Vaccination in Bombay 1874-1876 - 1874-1876
Year: 1874
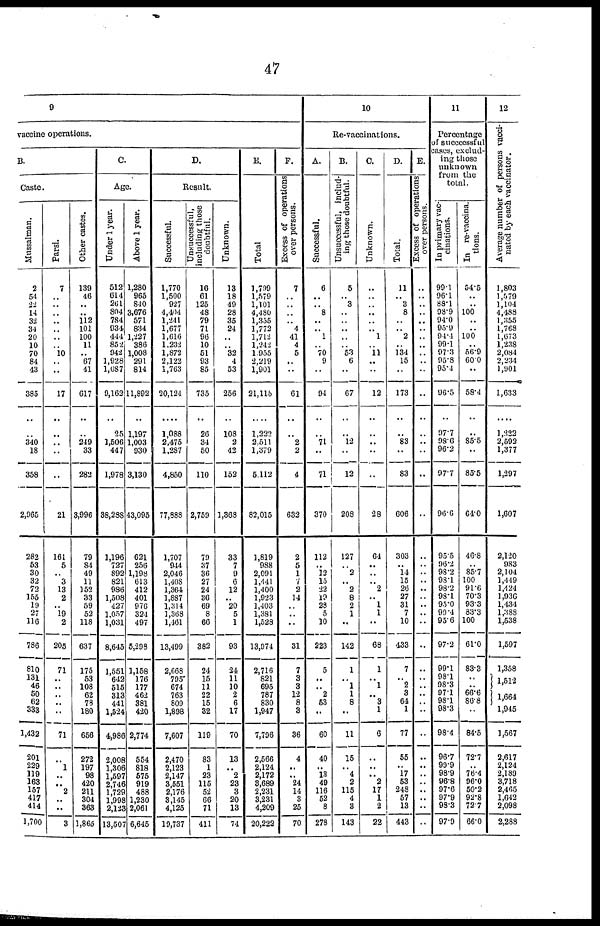
47
9
vaccine operations.
B.
Caste.
Mussalman.
2
54
22
14
32
34
20
10
70
84
43
385
..
..
340
18
358
2,965
282
53
30
32
72
155
19
27
116
786
810
131
46
50
62
333
1,432
201
229
119
163
157
417
414
1,700
Parsi.
7
..
..
.. ..
..
..
.. 10
..
..
17
..
..
..
..
..
21
161
5
.. 3
13
2
.. 19
2
205
71
..
..
.. ..
..
71
..
1
..
.. 2
.. ..
3
Other castes.
139
46
..
.. 112
101
100
11
.. 67
41
617
..
..
249
33
282
3,996
79
84
49
11
152
33
59
52
118
637
175
53
108
62
78
180
656
272
197
98
420
211
304
363
1,865
C.
Age.
Under 1 year.
512
614
261
804
784
934
444
852
942
1,928
1,087
9,162
..
25
1,506
447
1,978
38,288
1,196
727
892
821
986
1,508
427
1,057
1,031
8,645
1,551
642
515
313
441
1,524
4,986
2,008
1,306
1,597
2,746
1,729
1,998
2,123
13,507
Above 1 year.
1,280
965
840
3,676
571
834
1,227
386
1,008
291
814
11,892
..
1,197
1,003
930
3,130
43,095
621
256
1,198
613
412
401
976
324
497
5,298
1,158
176
177
462
381
420
2,774
554
818
575
919
488
1,230
2,061
6,645
D.
Result.
Successful.
1,770
1,500
927
4,404
1,241
1,677
1,616
1,232
1,872
2,122
1,763
20,124
....
1,088
2,475
1,287
4,850
77,888
1,707
944
2,046
1,408
1,364
1,887
1,314
1,368
1,461
13,499
2,668
795
674
763
809
1,898
7,607
2,470
2,123
2,147
3,551
2,176
3,145
4,125
19,737
Unsuccessful,
including those
doubtful.
16
61
125
48
79
71
96
10
51
93
85
735
..
26
34
50
110
2,759
79
37
36
27
24
36
69
8
66
382
24
15
11
22
15
32
119
83
1
23
115
52
66
71
411
Unknown.
13
18
49
28
35
24
..
.. 32
4
53
256
..
108
2
42
152
1,368
33
7
9
6
12
.. 20
5
1
93
24
11
10
2
6
17
70
13
.. 2
23
3
20
13
74
E.
Total
1,799
1,579
1,101
4,480
1,355
1,772
1,712
1,242
1,955
2,219
1,901
21,115
..
1,222
2,511
1,379
5,112
82,015
1,819
988
2,091
1,441
1,400
1,923
1,403
1,381
1,528
13,974
2,716
821
695
787
830
1,947
7,796
2,566
2,124
2,172
3,689
2,231
3,231
4,209
20,222
F.
Excess of operations
over persons.
7
..
..
..
.. 4
41
4
5
..
..
61
..
..
2
2
4
632
2
5
1
7
2
14
..
..
..
31
7
3
3
12
8
3
36
4
..
.. 24
14
3
25
70
10
Re-vaccinations.
A.
Successful.
6
..
.. 8
..
.. 1
.. 70
9
..
94
..
..
71
..
71
370
112
.. 12
15
22
19
28
5
10
223
5
..
.. 2
53
..
60
40
.. 13
49
116
52
8
278
B.
Unsuccessful, includ-
ing those doubtful.
5
.. 3
..
..
..
..
.. 53
6
..
67
..
..
12
..
12
208
127
.. 2
.. 2
8
2
1
..
142
1
.. 1
1
8
..
11
15
.. 4
2
115
4
3
143
C.
Unknown.
..
..
..
..
..
.. 1
.. 11
..
..
12
..
..
..
..
..
28
64
..
..
.. 2
.. 1
1
..
68
1
.. 1
.. 3
1
6
..
..
.. 2
17
1
2
22
D.
Total.
11
.. 3
8
..
.. 2
.. 134
15
..
173
..
..
83
..
83
606
303
.. 14
15
26
27
31
7
10
433
7
.. 2
3
64
1
77
55
.. 17
53
248
57
13
443
E.
Excess of operations
over persons.
..
..
..
..
..
..
..
..
..
..
..
..
..
..
..
..
..
..
..
..
..
.. ..
..
..
..
..
..
..
..
..
..
..
..
..
..
..
..
..
..
.. ..
..
11
Percentage
of succcessful
cases, exclud-
ing those
unknown
from the
total.
In primary vac-
cinations.
99.1
96.1
88.1
98.9
94.0
95.9
94.4
99.1
97.3
95.8
95.4
96.5
..
97.7
98.6
96.2
97.7
96.6
95.5
96.2
98.2
98.1
98.2
98.1
95.0
99.4
95.6
97.2
99.1
98.1
98.3
97.1
98.1
98.3
98.4
96.7
99.9
98.9
96.8
97.6
97.9
98.3
97.9
In re-vaccina-
tions.
54.5
..
.. 100
..
.. 100
.. 56.9
60.0
..
58.4
..
..
85.5
..
85.5
64.0
46.8
.. 86.7
100
91.6
70.3
93.3
83.3
100
61.0
83.3
..
.. 66.6
86.8
..
84.5
72.7
.. 76.4
96.0
50.2
92.8
72.7
66.0
12
Average number of persons vacci-
nated by each vaccinator.
1,803
1,579
1,104
4,488
1,355
1,768
1,673
1,238
2,084
2,234
1,901
1,633
....
1,222
2,592
1,377
1,297
1,607
2,120
983
2,104
1,449
1,424
1,936
1,434
1,388
1,538
1,597
1,358
1,512
1,664
1,945
1,567
2,617
2,124
2,189
3,718
2,465
1,642
2,098
2,288